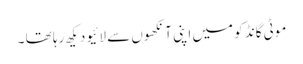
موٹی گانڈ کو میں اپنی آنکھوں سے لائیو دیکھ رہا تھا ۔